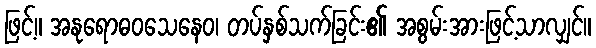
ဖြင့်။ အနုရောဓဝသေနေဝ၊ တပ်နှစ်သက်ခြင်း၏ အစွမ်းအားဖြင့်သာလျှင်။